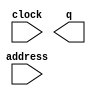
module Grid (
	address,
	clock,
	q);

	input	[14:0]  address;
	input	  clock;
	output	[2:0]  q;
`ifndef ALTERA_RESERVED_QIS
// synopsys translate_off
`endif
	tri1	  clock;
`ifndef ALTERA_RESERVED_QIS
// synopsys translate_on
`endif

endmodule